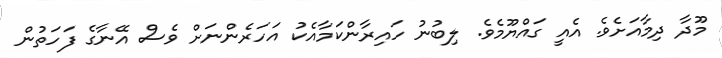
މޫދާ ދިމާއަށެވެ. އެއީ ގައްޔޫމެވެ. ލިބުނު ހައިރާންކަމާއެކު އަހަރެންނަށް ވެސް އޭނާގެ ފަހަތުން